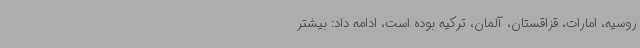
روسیه، امارات، قزاقستان، آلمان، ترکیه بوده است، ادامه داد: بیشتر